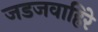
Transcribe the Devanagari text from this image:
जडजवाहिरे